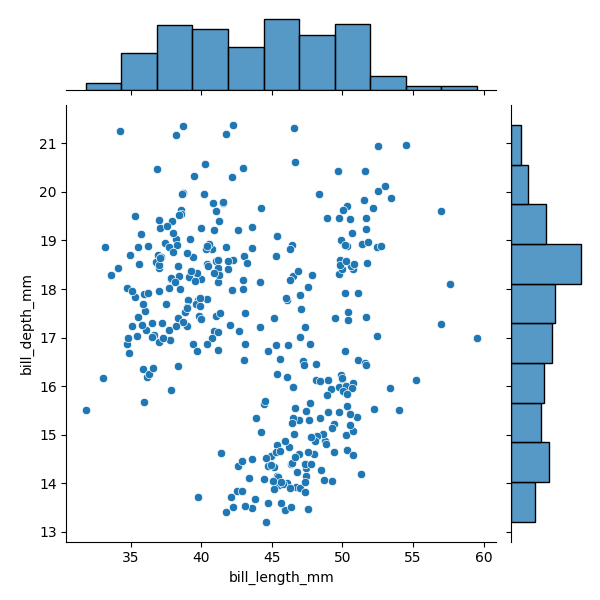
python, seaborn, JointGrid, scatterplot, histplot